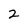
Character: 2